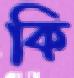
কি